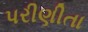
પરીણીતા